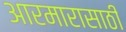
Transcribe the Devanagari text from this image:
आरमारासाठी